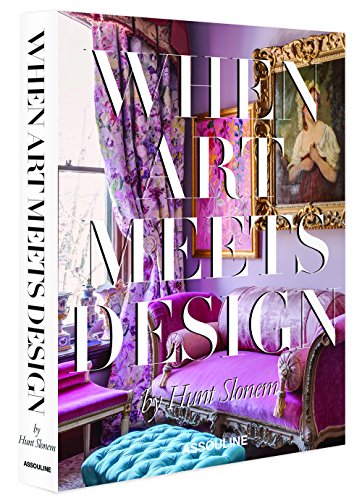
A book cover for When Art Meets Design; Hunt Slonem; Humor & Entertainment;